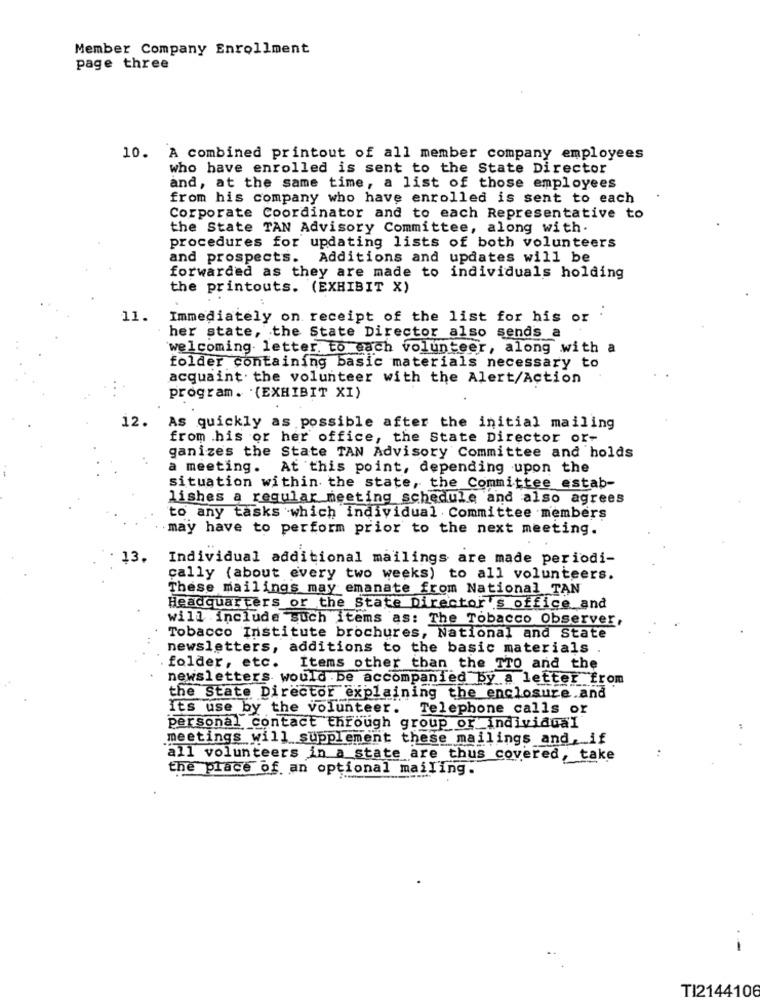
Member Company Enrollment
page three
10. A combined printout of all member company employees
who have enrolled is sent to the State Director
and, at the same time, a list of those employees
from his company who have enrolled is sent to each
Corporate Coordinator and to each Representative to
the State TAN Advisory Committee, along with.
procedures for updating lists of both volunteers
and prospects. Additions and updates will be
forwarded as they are made to individuals holding
the printouts. (EXHIBIT X)
11.
Immediately on receipt of the list for his or .
her state, the State Director also sends a
'welcoming letter. to each volunteer, along with a
folder containing basic materials necessary to
acquaint. the volunteer with the Alert/Action
program. (EXHIBIT XI)
12.
As quickly as possible after the initial mailing
from .his or her office, the State Director or-
ganizes the State TAN Advisory Committee and holds
a meeting. At this point, depending upon the
situation within the state, the Committee estab-
lishes a regular meeting schedule and also agrees
to any tasks which individual . Committee members
may have to perform prior to the next meeting.
13.
Individual additional mailings are made periodi-
cally (about every two weeks) to all volunteers.
These mailings may emanate from National TAN
Headquarters or the State Director's office and
will include such items as: The Tobacco Observer,
Tobacco Institute brochures, National and State
newsletters, additions to the basic materials
folder, etc.
Items other than the TTO and the
newsletters would be accompanied by a letter from
the State Director explaining the enclosure and
Its use by the volunteer.
Telephone calls or
personal contact through group or individual
meetings will supplement these mailings and, if
all volunteers in a state are thus covered, take
the place of an optional mailing.
-
TI2144106